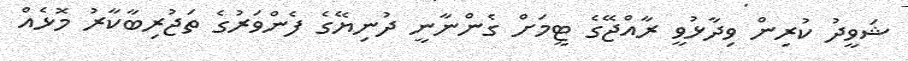
ޝަވީދު ކުރިން ވިދާޅުވީ ރާއްޖޭގެ ޓީމަށް ގެންނާނީ ދުނިޔޭގެ ފެންވަރުގެ ތަޖުރިބާކާރު މޮޅެއް